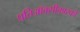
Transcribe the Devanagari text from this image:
प्रतिऑक्सीकारकों